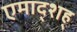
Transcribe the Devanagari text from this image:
एमाद्शह्